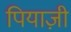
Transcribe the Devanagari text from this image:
पियाज़ी